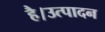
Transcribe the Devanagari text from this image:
है।उत्पादन